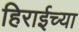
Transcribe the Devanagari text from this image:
हिराईच्या